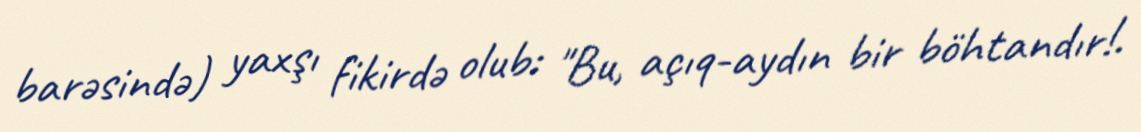
barəsində) yaxşı fikirdə olub: "Bu, açıq-aydın bir böhtandır!.